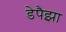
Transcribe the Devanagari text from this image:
डेपैझा